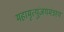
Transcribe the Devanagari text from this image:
महामृत्युंजयमंत्रस्य